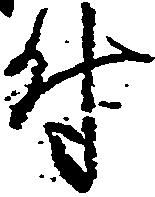
付